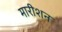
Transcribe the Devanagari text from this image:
मारीशन